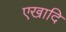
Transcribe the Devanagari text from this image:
एखादि